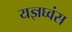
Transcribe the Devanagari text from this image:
यज्ञघ्वंस